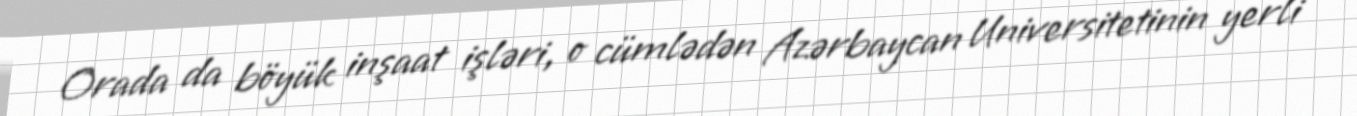
Orada da böyük inşaat işləri, o cümlədən Azərbaycan Universitetinin yerli